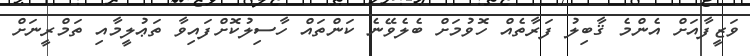
ވަޒީފާއަށް އެންމެ ޤާބިލު ފަރާތެއް ހޮވުމަށް ބެލެވޭނެ ކަންތައް ހާސިލުކޮށްފައިވާ ތަޢުލީމާއި ތަމްރީނަށް